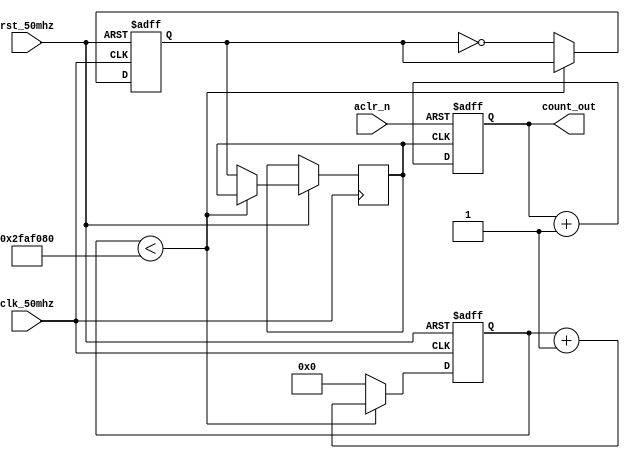
module tstnato(
  input clk_50mhz,rst_50mhz,  //gerador de clock 0,5hz - 1 segundo alto, 1 segundo baixo

 aclr_n,      
  output reg [1:0] count_out  
);
// Gerador de clock para testes
reg [25:0] count_reg = 0;
reg out_1hz = 0;
reg clk;
always @(posedge clk_50mhz or negedge rst_50mhz) begin
    if (rst_50mhz == 0) begin
        count_reg <= 0;
        out_1hz <= 0;
    end else begin
        if (count_reg < 50000000) begin
            count_reg <= count_reg + 1;
        end else begin
            count_reg <= 0;
            out_1hz <= ~out_1hz;
				clk <= out_1hz; // Aqui o clock  injetado no somador
        end
    end
end
	//Fim do gerador de clock
	
	// Somador de 2 bits
	// Cria um processo sequencial sensvel ao clock, com clear assncrono.
	// Utilizando a instruo "if-else" para testar primeiro a atuao do sinal de controle assncrono.
	// A contagem na borda ascendente do clock no ir acontecer, caso o clear esteja ativo.
  always@(posedge clk, negedge aclr_n) begin
    if (aclr_n == 1'b0)
      count_out <= 2'b0;
    else  
      count_out <= count_out + 1'b1;
    end 
endmodule